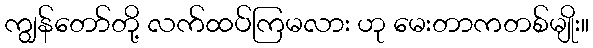
ကျွန်တော်တို့ လက်ထပ်ကြမလား ဟု မေးတာကတစ်မျိုး။